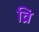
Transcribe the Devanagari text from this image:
व्रि